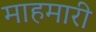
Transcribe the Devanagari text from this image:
माहमारी